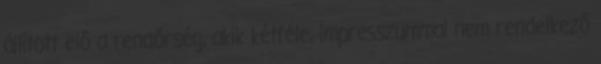
állított elő a rendőrség, akik kétféle, impresszummal nem rendelkező